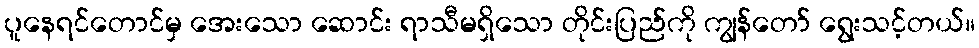
ပူနေရင်တောင်မှ အေးသော ဆောင်း ရာသီမရှိသော တိုင်းပြည်ကို ကျွန်တော် ရွေးသင့်တယ်။